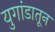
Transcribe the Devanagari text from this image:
युगांडातून